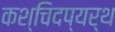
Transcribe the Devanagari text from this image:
कश्चिदप्यर्थ